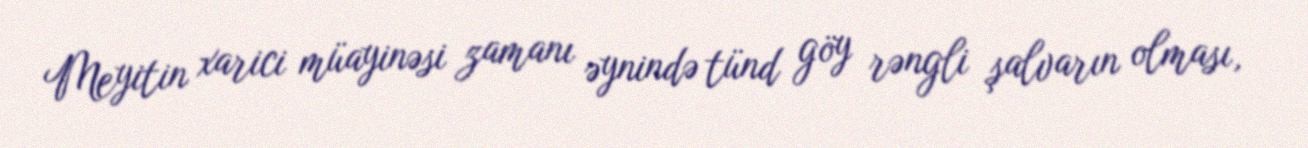
Meyitin xarici müayinəsi zamanı əynində tünd göy rəngli şalvarın olması,